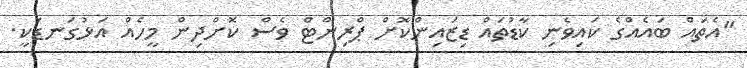
"އެތައް ބައެއްގެ ކައިވެނި ކާޑުތައް ޑިޒައިންކޮށް ޕްރިންޓް ވެސް ކޮށްދިން މީހެއް އަޅުގަނޑަކީ.